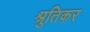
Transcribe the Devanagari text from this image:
श्रुतिकर